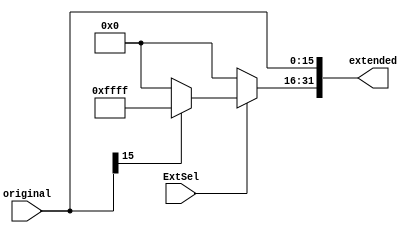
`timescale 1ns / 1ps
//////////////////////////////////////////////////////////////////////////////////
// Company: 
// Engineer: 
// 
// Design Name: 
// Module Name: ImmediateExtend
// Project Name: 
// Target Devices: 
// Tool Versions: 
// Description: 
// 
// Dependencies: 
// 
// Revision:
// Revision 0.01 - File Created
// Additional Comments:
// 
//////////////////////////////////////////////////////////////////////////////////

module ImmediateExtend(
    input [15:0] original,
    input ExtSel,    // 0: Zero-extend; 1: Sign-extend.
    output reg [31:0] extended
    ); 
    
    always @(*) begin
        extended[15:0] <= original;    // 16
        if(ExtSel == 0) begin    // Zero-extend 
            extended[31:16] <= 0;
        end
        else begin    // Sign-extended 
            if(original[15] == 0) extended[31:16] <= 0;
            else extended[31:16] <= 16'hFFFF;
        end
    end
    
endmodule